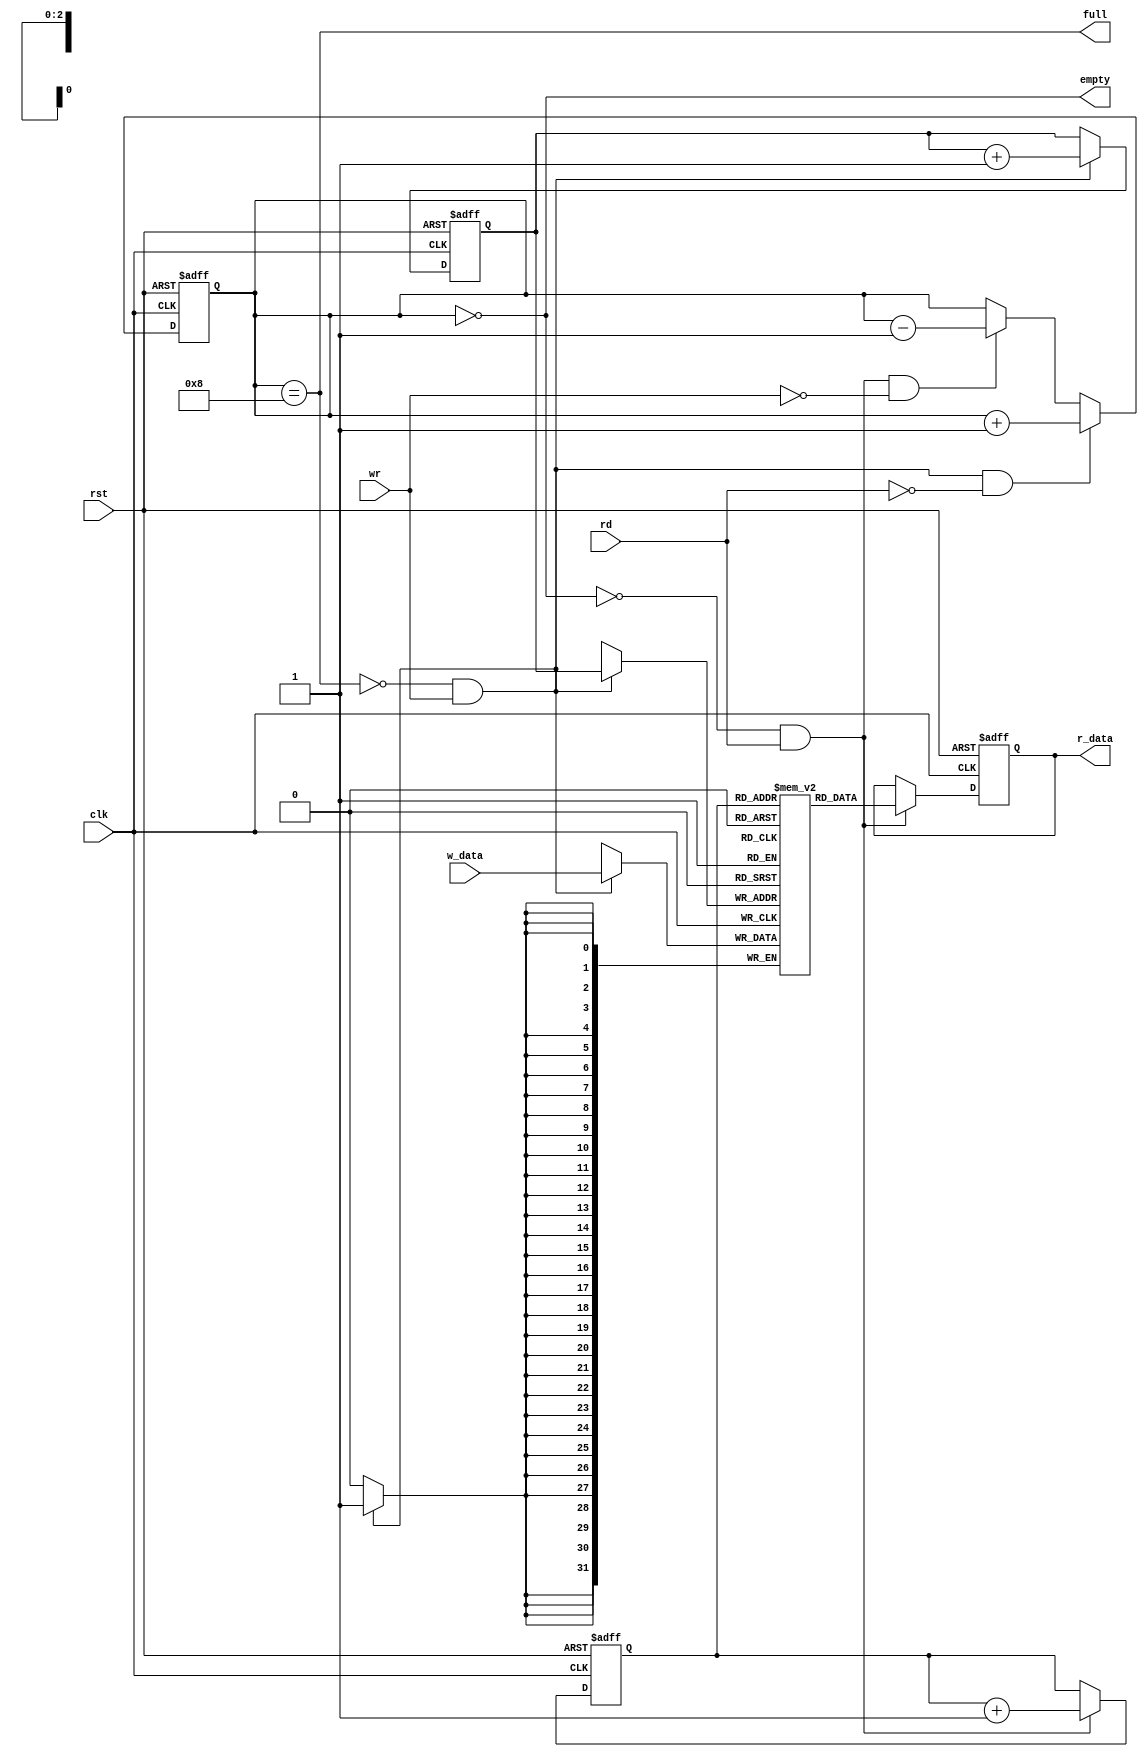
//synchronus FIFO
`define FIFO_WIDTH 3
`define FIFO_SIZE (1<<`FIFO_WIDTH)

module fifo(
  input clk, rst, wr, rd,
  input [31:0] w_data,
  output reg [31:0] r_data,
//  output reg [`FIFO_WIDTH : 0] fifo_counter,
  output empty, full
);

reg [`FIFO_WIDTH : 0] fifo_counter;
reg [`FIFO_WIDTH-1 : 0] rd_ptr, wr_ptr;
reg [31:0] fifo_mem [`FIFO_SIZE-1 : 0];

assign empty = fifo_counter == 0;
assign full = fifo_counter == `FIFO_SIZE;

always@(posedge clk or posedge rst)
if(rst)
  fifo_counter <= 0;
else if(!full && wr && !rd)
  fifo_counter <= fifo_counter + 1;
else if(!empty && rd && ! wr)
  fifo_counter <= fifo_counter - 1;

always@(posedge clk)
if(wr && !full)
  fifo_mem[wr_ptr] <= w_data;

always@(posedge clk or posedge rst)
if(rst)
  r_data <= 32'd0;
else if(rd && !empty)
  r_data <= fifo_mem[rd_ptr];

always@(posedge clk or posedge rst)
if(rst)
begin
  wr_ptr <= 0;
  rd_ptr <= 0;
end
else begin
  if(!full && wr)
    wr_ptr <= wr_ptr + 1;
  if(!empty && rd)
    rd_ptr <= rd_ptr + 1;
end

endmodule